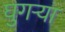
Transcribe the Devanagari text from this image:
घुगर्‍या